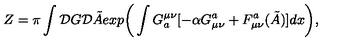
Z = \pi \int { \cal D } G { \cal D } \tilde { A } e x p \bigg ( \int G _ { a } ^ { \mu \nu } [ - \alpha G _ { \mu \nu } ^ { a } + F _ { \mu \nu } ^ { a } ( \tilde { A } ) ] d x \bigg ) ,